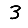
Digit: 3